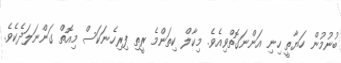
ބުނުމުން ހަޔާތީ ހިނި އަންނަގޮތްވިއެވެ. މިކާލް ކިތަންމެ ރީތި ފިރިހެނަކަސް މިއޮތް ގަންނަލަދެކެވެ.